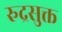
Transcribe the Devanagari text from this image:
रुद्रसुक्त